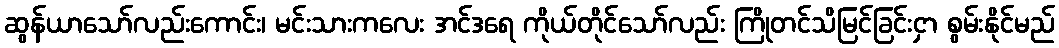
ဆွန်ယာသော်လည်းကောင်း၊ မင်းသားကလေး အင်ဒရေ ကိုယ်တိုင်သော်လည်း ကြိုတင်သိမြင်ခြင်းငှာ စွမ်းနိုင်မည်